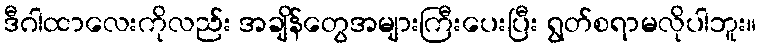
ဒီဂါထာလေးကိုလည်း အချိန်တွေအများကြီးပေးပြီး ရွတ်စရာမလိုပါဘူး။